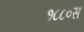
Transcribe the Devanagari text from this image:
१८८०स